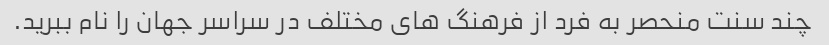
چند سنت منحصر به فرد از فرهنگ های مختلف در سراسر جهان را نام ببرید.